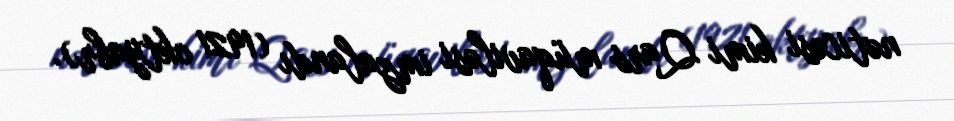
nəticəsi kimi Qars müqaviləsi imzalandı (1921 oktyabr).